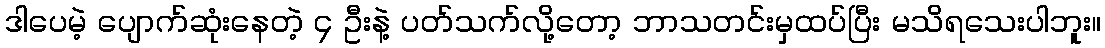
ဒါပေမဲ့ ပျောက်ဆုံးနေတဲ့ ၄ ဦးနဲ့ ပတ်သက်လို့တော့ ဘာသတင်းမှထပ်ပြီး မသိရသေးပါဘူး။